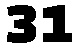
31